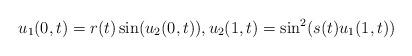
LaTeX: \begin{align*}u_1(0,t)=r(t) \sin(u_2(0,t)),u_2(1,t)=\sin^2 (s(t) u_1(1,t))\end{align*}